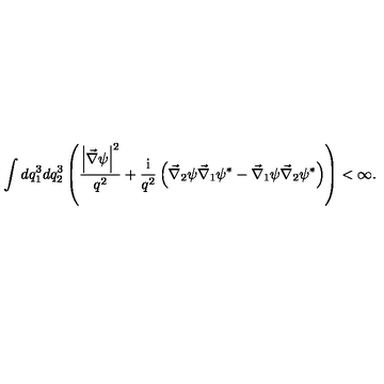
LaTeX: \int d q _ { 1 } ^ { 3 } d q _ { 2 } ^ { 3 } \left( \frac { \left| \vec { \nabla } \psi \right| ^ { 2 } } { q ^ { 2 } } + \frac { \mathrm { i } } { q ^ { 2 } } \left( \vec { \nabla } _ { 2 } \psi \vec { \nabla } _ { 1 } \psi ^ { \ast } - \vec { \nabla } _ { 1 } \psi \vec { \nabla } _ { 2 } \psi ^ { \ast } \right) \right) < \infty .